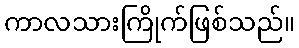
ကာလသားကြိုက်ဖြစ်သည်။